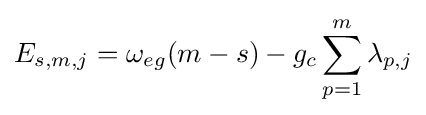
E_{s,m,j}=\omega _{eg}(m-s)-g_{c}\sum _{p=1}^{m}\lambda _{p,j}